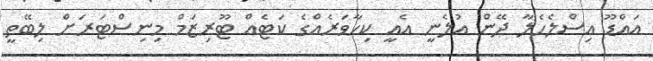
އައްޑޫ އިސްލެހެލާ ދޭން އުލެނީ އެއީ ކިހާވަރެއްގެ ކަޓެއް ޓޫރިޒަމް މިނިސްޓަރަށް ލިބޭތީ